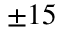
\pm 1 5